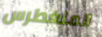
المتغطرس